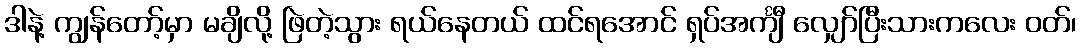
ဒါနဲ့ ကျွန်တော့်မှာ မချိလို့ ဖြဲတဲ့သွား ရယ်နေတယ် ထင်ရအောင် ရှပ်အင်္ကျီ လျှော်ပြီးသားကလေး ဝတ်၊